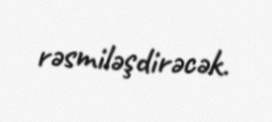
rəsmiləşdirəcək.